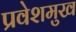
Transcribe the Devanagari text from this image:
प्रवेशमुख